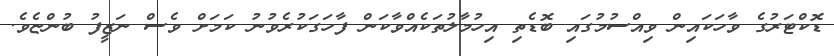
ޑޮކްޓަރުގެ ވާހަކައިން ވިއްސުމުގައި ބޮޑެތި އިހުމާލުތަކެއްވާކަން ފާހަގަކުރެވުނު ކަމަށް ވެސް ނަޒީފު ބުންޏެވެ.